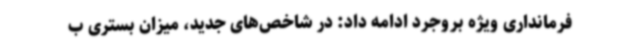
فرمانداری ویژه بروجرد ادامه داد: در شاخص‌های جدید، میزان بستری‌ ب